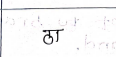
मजकूर: ठा